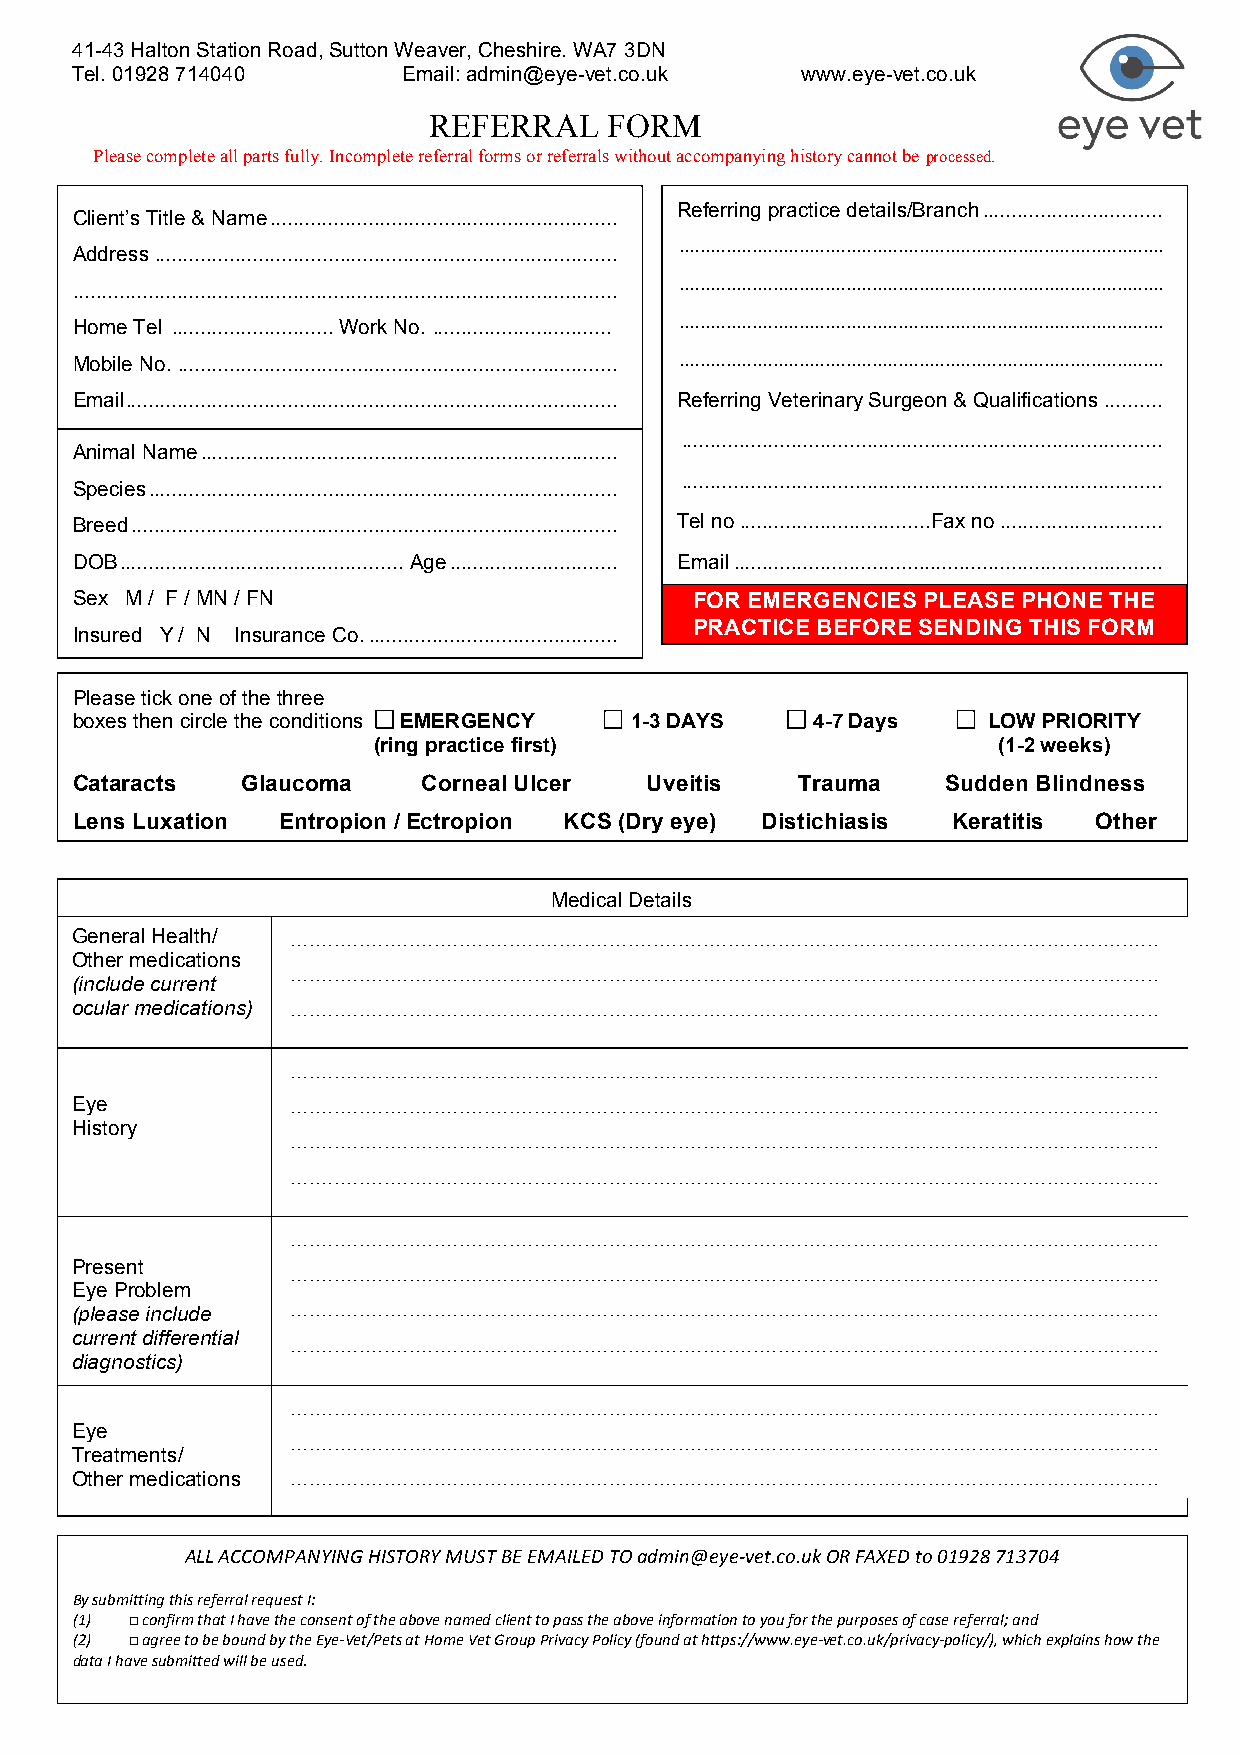
41-43 Halton Station Road, Sutton Weaver, Cheshire. WA7 3DN
 Tel. 01928 714040     Email: admin@eye-vet.co.uk www.eye-vet.co.uk
 REFERRAL    FORM
 Please complete all parts fully. Incomplete referral forms or referrals without accompanying history cannot be processed.
 Referring practice details/Branch ...............................
 Client’s Title & Name ............................................................
 .............................................................................................
 Address ................................................................................
 ... .... .... ... .... ... .... .... ... .... ... .... .... ... .... ... .... .... ... .... ... .... .... ... .... ...
 ..............................................................................................
 Home Tel ............................ Work No. ............................... .............................................................................................
 Mobile No. ............................................................................ .............................................................................................
 Email ..................................................................................... Referring Veterinary Surgeon & Qualifications ..........
 ...................................................................................
 Animal Name ........................................................................
 ...................................................................................
 Species .................................................................................
 Breed .................................................................................... Tel no ................................. Fax no ............................
 DOB ................................................. Age ............................. Email ..........................................................................
 Sex M / F / MN / FN                      FOR EMERGENCIES PLEASE PHONE THE
 PRACTICE BEFORE SENDING THIS FORM
 Insured Y / N Insurance Co. ...........................................
 Please tick one of the three
 boxes then circle the conditions EMERGENCY 1-3 DAYS 4-7 Days LOW PRIORITY
 (ring practice first)                    (1-2 weeks)
 Cataracts  Glaucoma    Corneal Ulcer  Uveitis   Trauma    Sudden Blindness
 Lens Luxation Entropion / Ectropion KCS (Dry eye) Distichiasis Keratitis Other
 Medical Details
 General Health/ ...........................................................................................................................................
 Other medications
 ...........................................................................................................................................
 (include current
 ocular medications) ...........................................................................................................................................
 ...........................................................................................................................................
 ...........................................................................................................................................
 Eye           ...........................................................................................................................................
 History
 ...........................................................................................................................................
 ...........................................................................................................................................
 ...........................................................................................................................................
 Present       ...........................................................................................................................................
 Eye Problem
 ...........................................................................................................................................
 (please include
 current differential ...........................................................................................................................................
 diagnostics)
 ...........................................................................................................................................
 Eye
 ...........................................................................................................................................
 Treatments/
 Other medications ...........................................................................................................................................
 ...........................................................................................................................................
 ALL ACCOMPANYING HISTORY MUST BE EMAILED TO admin@eye-vet.co.uk OR FAXED to 01928 713704
 By submitting this referral request I:
 (1) □ confirm that I have the consent of the above named client to pass the above information to you for the purposes of case referral; and
 (2) □ agree to be bound by the Eye-Vet/Pets at Home Vet Group Privacy Policy (found at https://www.eye-vet.co.uk/privacy-policy/), which explains how the
 data I have submitted will be used.